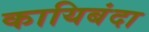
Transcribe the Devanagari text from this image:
कायिबंदा